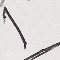
١